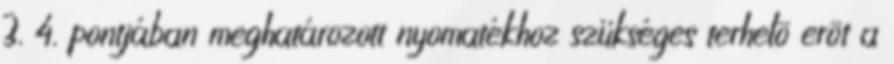
3. 4. pontjában meghatározott nyomatékhoz szükséges terhelõ erõt a